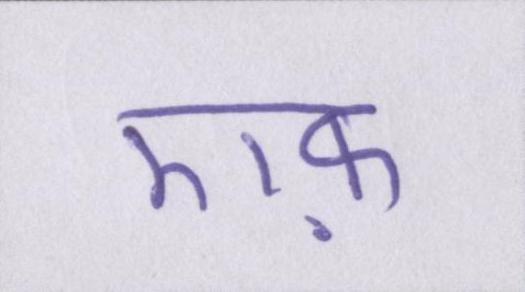
एफ़